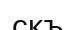
скъ